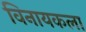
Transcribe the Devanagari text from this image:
विनायकला